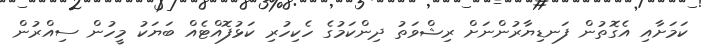
ކަމަށާއި އެގޮތުން ފަނޑިޔާރުންނަށް ރިޝްވަތު ދިންކަމުގެ ހެކިހުރި ކަޅުފޮއްޓެއް ބަޔަކު މީހުން ސިއްރުން